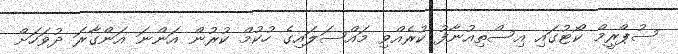
ސުޕްރީމް ކޯޓުގައި އިސްތިއުނާފު ކުރެއްވި މައްސަލައިގެ ހުކުމް ކުރުން އަންނަ އަންގާރަ ދުވަހަށް